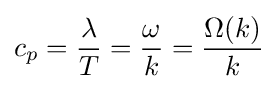
c_{p}={\frac {\lambda }{T}}={\frac {\omega }{k}}={\frac {\Omega (k)}{k}}